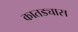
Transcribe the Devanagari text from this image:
कातड्यास